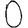
Digit: 0